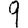
Digit: 9